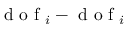
\textrm { d o f } _ { i } - \textrm { d o f } _ { i }